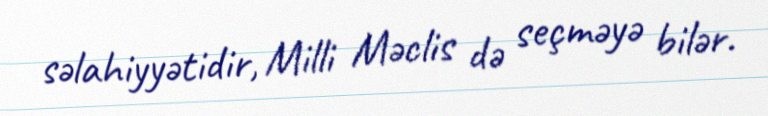
səlahiyyətidir, Milli Məclis də seçməyə bilər.